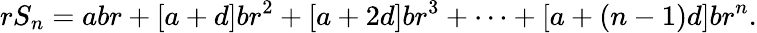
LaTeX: rS_{n}=abr+[a+d]br^{2}+[a+2d]br^{3}+\cdots+[a+(n-1)d]br^{n}.